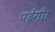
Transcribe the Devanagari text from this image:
पढ़ेगी।